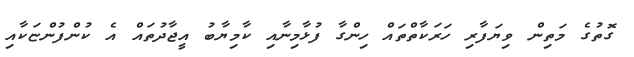
ގޮތުގެ މަތިން ވިޔަފާރި ހަރަކާތްތައް ހިންގާ ފުޅާމިނާއި ކާމިޔާބު އީޖާދުތައް އެ ކުންފުންޏަކާއި